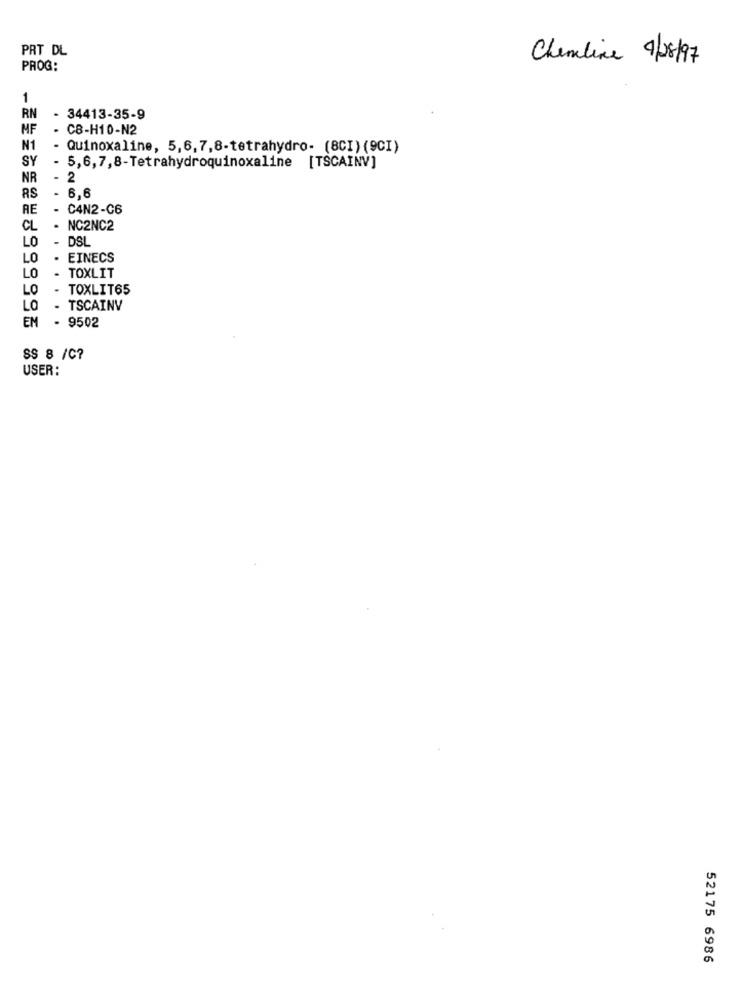
PRT DL
Chemline 9/08/97
PROG:
1
RN
- 34413-35-9
MF
- CB-H10-N2
N1
- Quinoxaline, 5,6,7,8-tetrahydro- (8CI) (9CI)
SY
-
5,6,7,8-Tetrahydroquinoxaline [TSCAINV]
NR
- 2
- 6,6
RS
RE
- C4N2-C6
CL
. NC2NC2
LO
DSL
LO
EINECS
LO
TOXLIT
LO
TOXLIT65
LO
.
TSCAINV
EM - 9502
SS 8 /C?
USER:
52175 6986